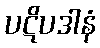
ပဋိပဒါနံ